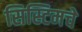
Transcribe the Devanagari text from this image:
सिस्टिमचे